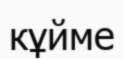
кұйме